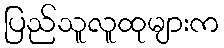
ပြည်သူလူထုများက